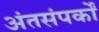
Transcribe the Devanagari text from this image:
अंतसंपर्कों